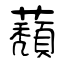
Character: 蘈